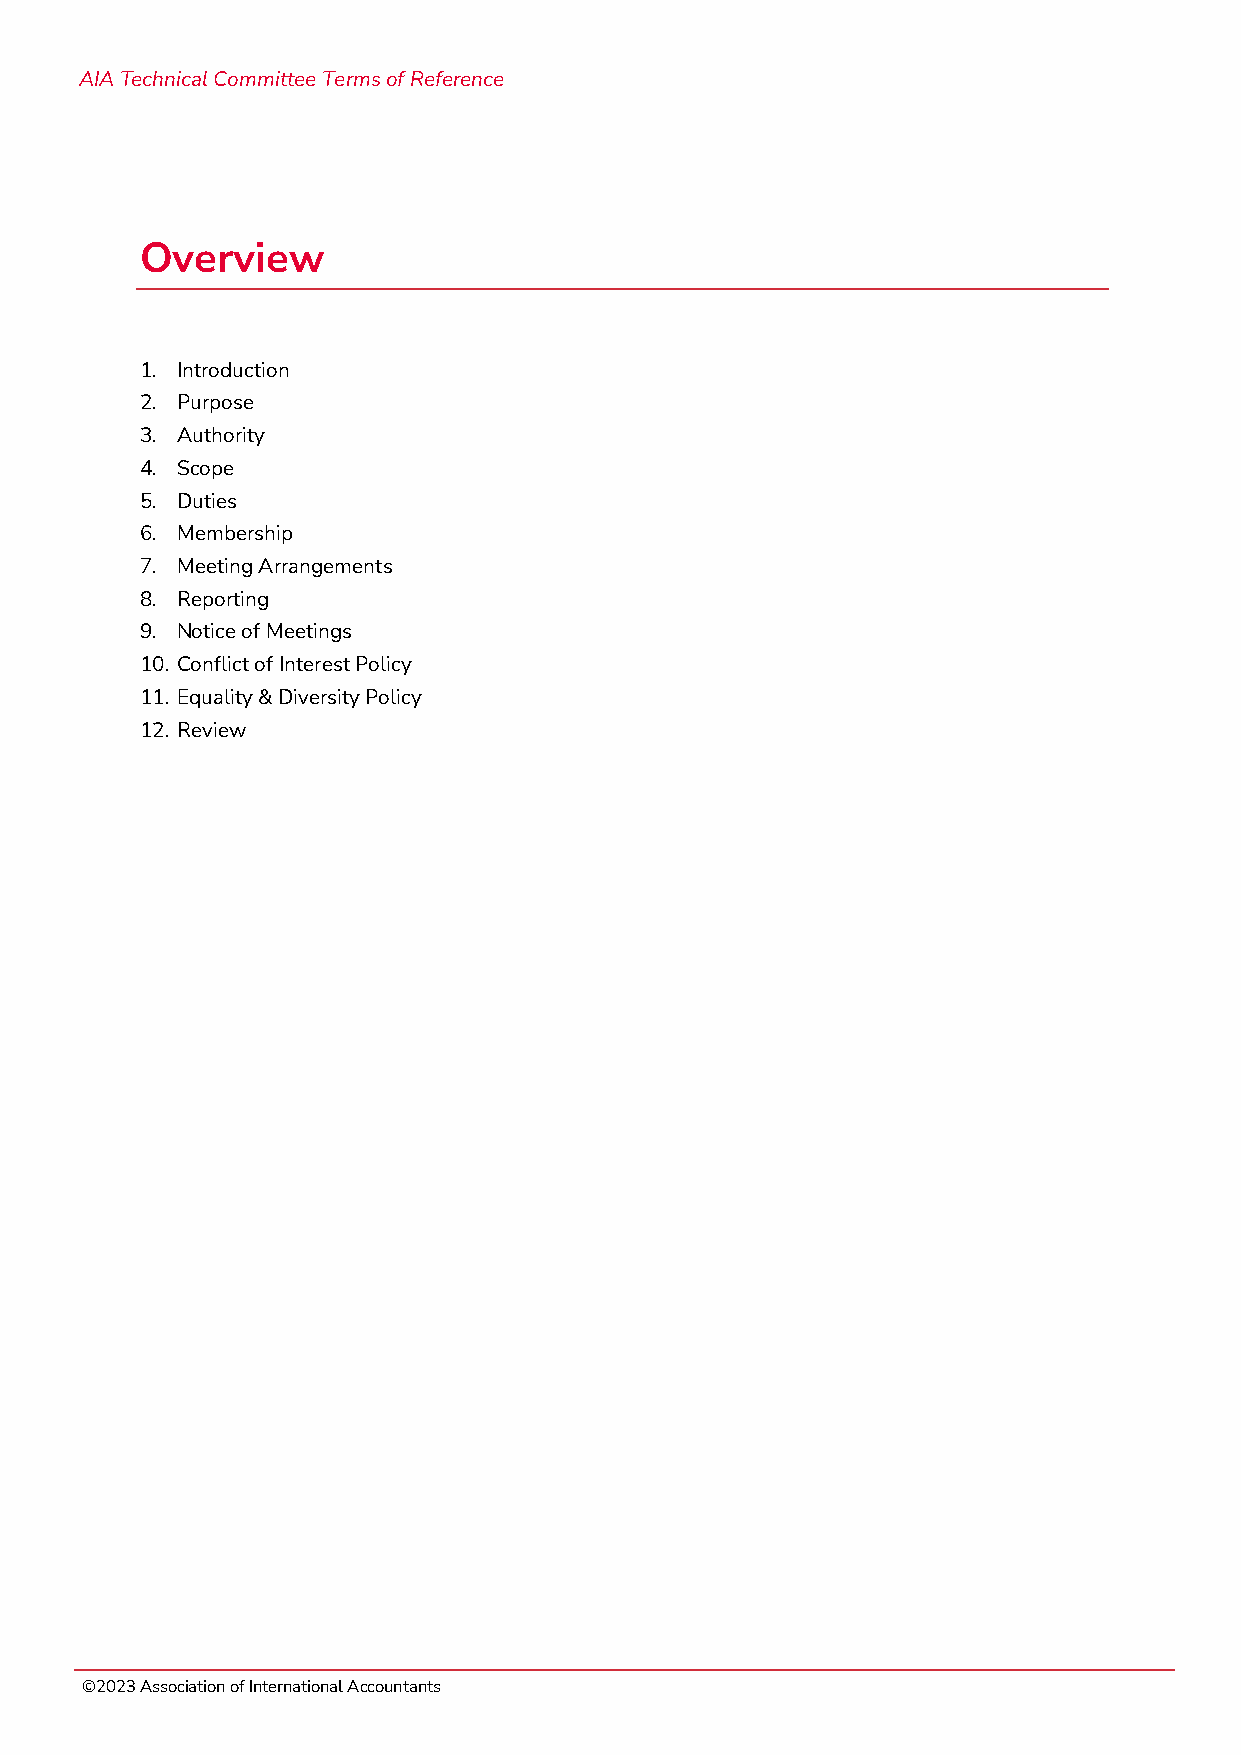
AIA Technical Committee Terms of Reference
 Overview
 1. Introduction
 2. Purpose
 3. Authority
 4. Scope
 5. Duties
 6. Membership
 7. Meeting Arrangements
 8. Reporting
 9. Notice of Meetings
 10. Conflict of Interest Policy
 11. Equality & Diversity Policy
 12. Review
 ©2023 Association of International Accountants